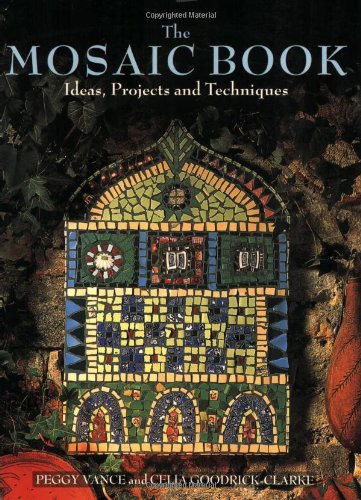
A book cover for The Mosaic Book: Ideas, Projects and Techniques; Peggy Vance; Crafts, Hobbies & Home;